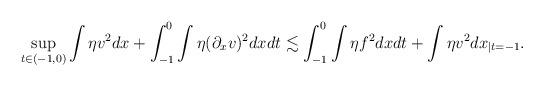
LaTeX: \begin{align*}\sup_{t\in(-1,0)}\int\eta v^2dx+\int_{-1}^0\int\eta(\partial_xv)^2dxdt\lesssim\int_{-1}^0\int\eta f^2dxdt+\int\eta v^2dx_{|t=-1}.\end{align*}